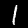
Digit: 1